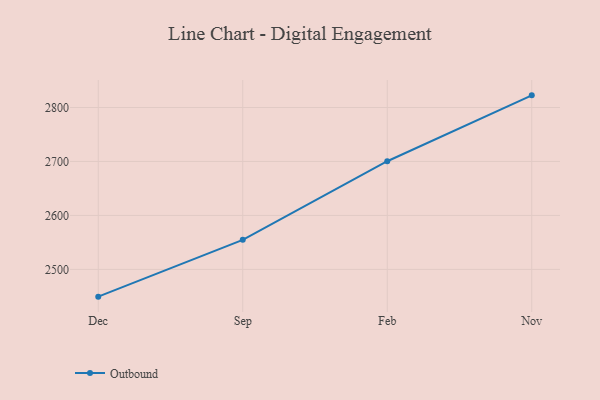
{"axis": {"x": "Month", "y": "Humidity (%)"}, "legend": ["Outbound"], "data": [{"x": "Dec", "y": 2449.5, "type": "Outbound"}, {"x": "Sep", "y": 2554.8, "type": "Outbound"}, {"x": "Feb", "y": 2700.4, "type": "Outbound"}, {"x": "Nov", "y": 2822.5, "type": "Outbound"}]}